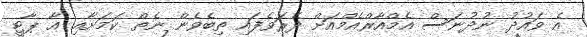
އެ ވައުދު ނުދުނަސް އެމްއާރްއެމްއަށް ދެރަވެފައި ތިބެވެން ނެތް ކަމަށާއި އާ ޕާޓީ